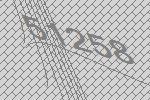
51258